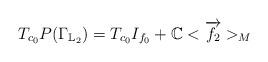
LaTeX: \begin{align*}T_{c_0}P(\Gamma_{\mathbb L_2})=T_{c_0}I_{f_0}+ \mathbb C<\overrightarrow {f_2}>_M\end{align*}